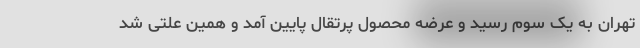
تهران به یک سوم رسید و عرضه محصول پرتقال پایین آمد و همین علتی شد